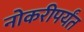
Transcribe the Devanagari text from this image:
नोकरीपर्यंत